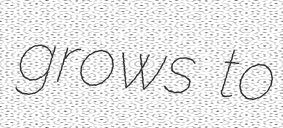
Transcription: grows to